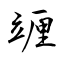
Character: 竰